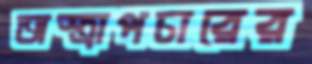
অস্ত্রাপচারের